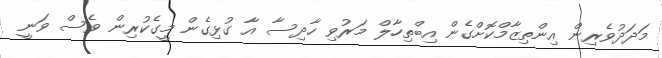
މަދަދުވެރިން އިންތިޒާމްކޮށްގެން އިބްތިހާލް މަރުވި ހާދިސާ އާ ގުޅިގެން މީގެކުރިން ވެސް ވަނީ